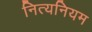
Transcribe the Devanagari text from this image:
नित्यनियम